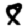
Digit: 8